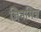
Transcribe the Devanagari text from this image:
जिनमित्र